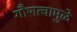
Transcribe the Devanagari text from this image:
गौणत्वामुळे